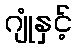
ဂျုံနှင့်